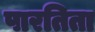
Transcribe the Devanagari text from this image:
पारतिता